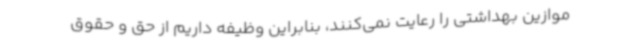
موازین بهداشتی را رعایت نمی‌کنند، بنابراین وظیفه داریم از حق و حقوق